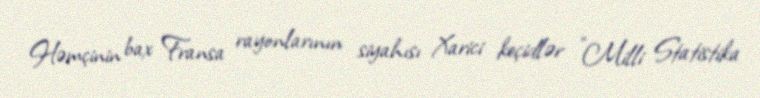
Həmçinin bax Fransa rayonlarının siyahısı Xarici keçidlər "Milli Statistika